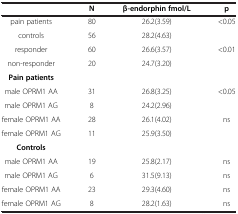
|  | N | β-endorphin fmol/L | p |
 | --- | --- | --- | --- |
 | pain patients | 80 | 26.2(3.59) | <0.05 |
 | controls | 56 | 28.2(4.63) |  |
 | responder | 60 | 26.6(3.57) | <0.01 |
 | non-responder | 20 | 24.7(3.20) |  |
 | Pain patients |  |  |  |
 | male OPRM1 AA | 31 | 26.8(3.25) | <0.05 |
 | male OPRM1 AG | 8 | 24.2(2.96) |  |
 | female OPRM1 AA | 28 | 26.1(4.02) | ns |
 | female OPRM1 AG | 11 | 25.9(3.50) |  |
 | Controls |  |  |  |
 | male OPRM1 AA | 19 | 25.8(2.17) | ns |
 | male OPRM1 AG | 6 | 31.5(9.13) | ns |
 | female OPRM1 AA | 23 | 29.3(4.60) | ns |
 | female OPRM1 AG | 8 | 28.2(1.63) | ns |